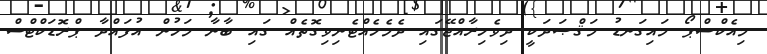
މިއެކްސްޕޯ މައިގަނޑު މަޤްޞަދަކީ ދިވެހިރާއްޖޭގައި ދެމެހެއްޓެނިވިގޮތެއް ގައި ބާނާ މަހުން އުފައްދާ ޕްރޮޑަކްޓްސް